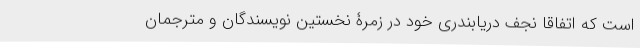
است که اتفاقا نجف دریابندری خود در زمرۀ نخستین نویسندگان و مترجمان